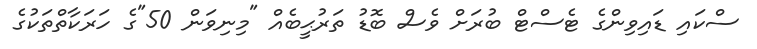
ސްކައި ޑައިވިންގެ ޓެސްޓް ބުރަށް ވެސް ބޮޑު ތަރުޙީބެއް "މިނިވަން 50"ގެ ހަރަކާތްތަކުގެ